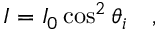
I = I _ { 0 } \cos ^ { 2 } \theta _ { i } \quad ,